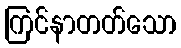
ကြင်နာတတ်သော